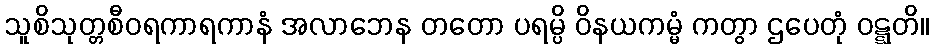
သူစိသုတ္တစီဝရကာရကာနံ အလာဘေန တတော ပရမ္ပိ ဝိနယကမ္မံ ကတွာ ဌပေတုံ ဝဋ္ဋတိ။